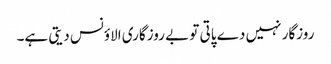
روزگار نہیں دے پاتی تو بے روزگاری الاؤنس دیتی ہے۔